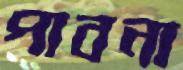
পাবনা